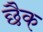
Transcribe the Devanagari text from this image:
छैक